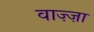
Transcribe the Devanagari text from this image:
वाज़्ज़ा